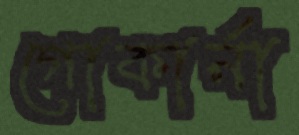
গোকার্না